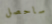
ساحصل